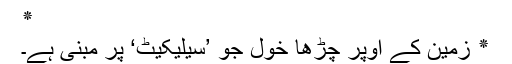
٭
٭ زمین کے اُوپر چڑھا خول جو ’سیلیکیٹ‘ پر مبنی ہے۔